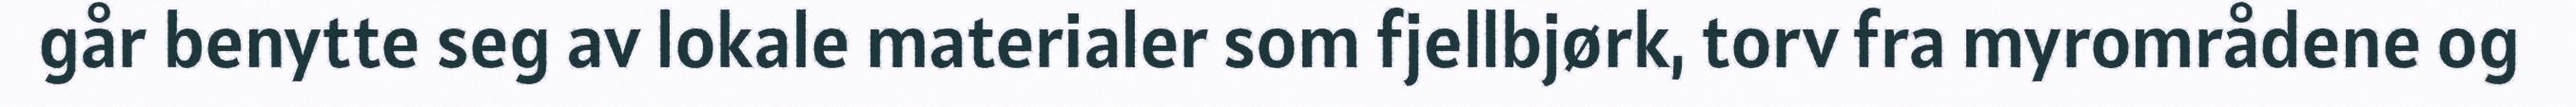
går benytte seg av lokale materialer som fjellbjørk, torv fra myrområdene og